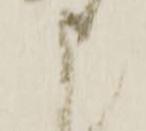
申